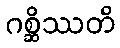
ဂစ္ဆိဿတိ